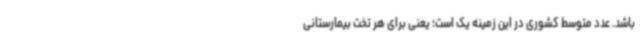
باشد. عدد متوسط کشوری در این زمینه یک است؛ یعنی برای هر تخت بیمارستانی